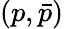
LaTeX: \left(p,\bar{p}\right)